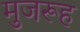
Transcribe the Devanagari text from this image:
मुजरूह